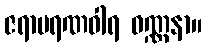
ဇရာမရဏဝါရ ဝဏ္ဏနာ။